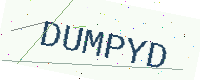
Text: DUMPYD